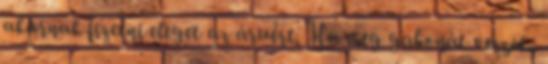
akarnak fizetni eleget az áruért. Ha meg gabonát veszek,